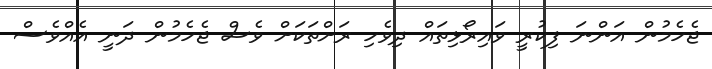
ޖެހެމުން އަންނަ ފިކުރީ ވައިރޯޅިތައް ދިވެހި ރަށްތަކަށް ވެސް ޖެހެމުން ދަނީ އެއްވެސް